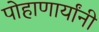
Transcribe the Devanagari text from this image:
पोहाणार्यांनी